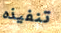
تنفيذه